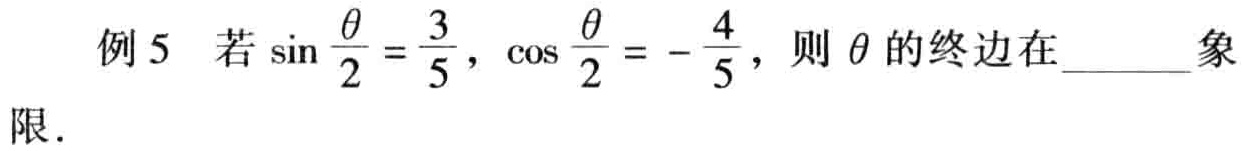
例 5 若$\sin\frac{\theta}{2}=\frac{3}{5}$，$\cos\frac{\theta}{2}=-\frac{4}{5}$，则$\theta$的终边在______象\\限.